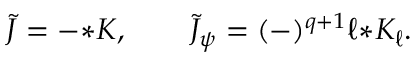
\begin{array} { r } { { \cal \tilde { J } } = - { * \cal K } , \qquad { \cal \tilde { J } } _ { \psi } = ( - ) ^ { q + 1 } \ell { * { \cal K } _ { \ell } } . } \end{array}